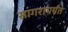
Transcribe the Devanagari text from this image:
सागरापर्यंत